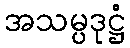
အသမ္ပဒုဋ္ဌံ